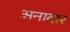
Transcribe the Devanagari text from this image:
अनादार